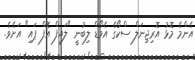
އެންމެ މޮޅު އޮރިޖިނަލް ސްކޯގެ އެވޯޑް ލިބުނީ "ލައިފް އޮފް ޕައި" އަށެވެ.